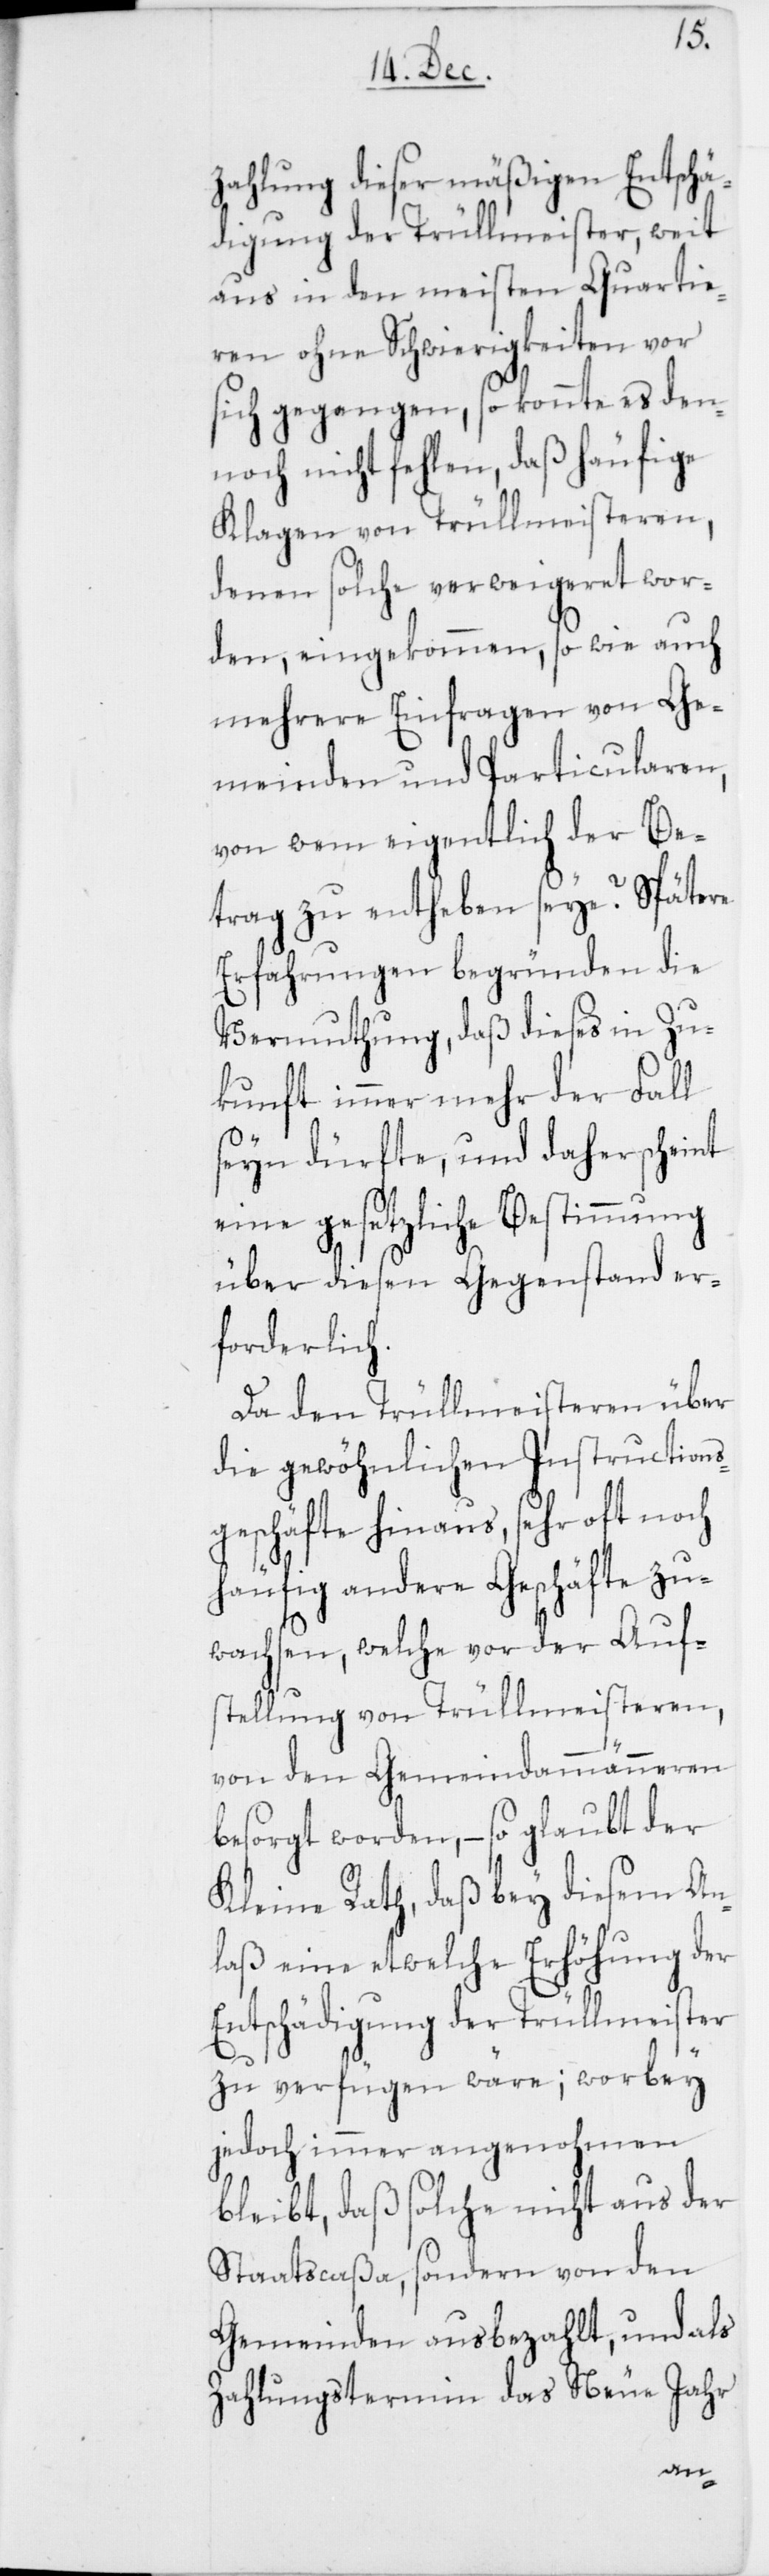
zahlung dieser mäßigen Entschä¬
digung der Trüllmeister, weit
aus in den meisten Quartie¬
ren ohne Schwierigkeiten vor
sich gegangen, so konnte es den¬
noch nicht fehlen, daß häufige
Klagen von Trüllmeisteren,
denen solche verweigeret wor¬
den, eingekommen, so wie auch
mehrere Einfragen von Ge¬
meinden und Particularen,
von wem eigentlich der Be¬
trag zu entheben seye? Spätere
Erfahrungen begründen die
Vermuthung, daß dieses in Zu¬
kunft immer mehr der Fall
seyn dürfte, und daher scheint
eine gesetzliche Bestimmung
über diesen Gegenstand er¬
forderlich.
Da den Trüllmeisteren über
die gewöhnlichen Instructions¬
geschäfte hinaus, sehr oft noch
häufig andere Geschäfte zu¬
wachsen, welche vor der Auf¬
stellung von Trüllmeisteren,
von den Gemeindammänneren
besorgt worden, – so glaubt der
Kleine Rath, daß bey diesem An¬
laß eine etwelche Erhöhung der
Entschädigung der Trüllmeister
zu verfügen wäre; worbey
jedoch immer angenohmen
bleibt, daß solche nicht aus der
Staatscaßa, sondern von den
Gemeinden ausbezahlt, und als
Zahlungstermin das Neue Jahr